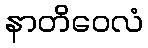
နာတိဝေလံ